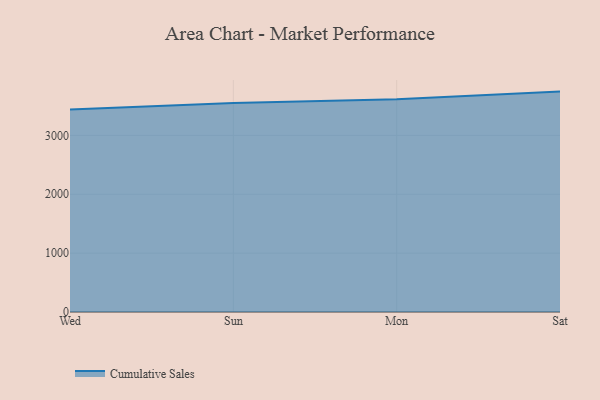
{"axis": {"x": "Day", "y": "Conversion Rate (%)"}, "legend": ["Cumulative Sales"], "data": [{"x": "Wed", "y": 3438.0, "type": "Cumulative Sales"}, {"x": "Sun", "y": 3548.9, "type": "Cumulative Sales"}, {"x": "Mon", "y": 3612.6, "type": "Cumulative Sales"}, {"x": "Sat", "y": 3743.8, "type": "Cumulative Sales"}]}